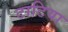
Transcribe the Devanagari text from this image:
टाटिया